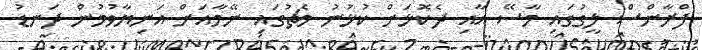
ފްރާންސް ލީގުގައި މާސޭ އާއި ދެކޮޅަށް ކުޅުނު މެޗުގައި ނޭމާއަށް އަނިޔާވުމުން ދަނޑު